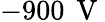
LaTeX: -900\, \mathrm{~V~}